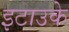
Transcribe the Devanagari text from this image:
इटाउके